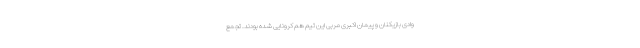
وادی بازیکنان و پیمان اکبری مربی این تیم هم کرونایی شده بودند. تجمع